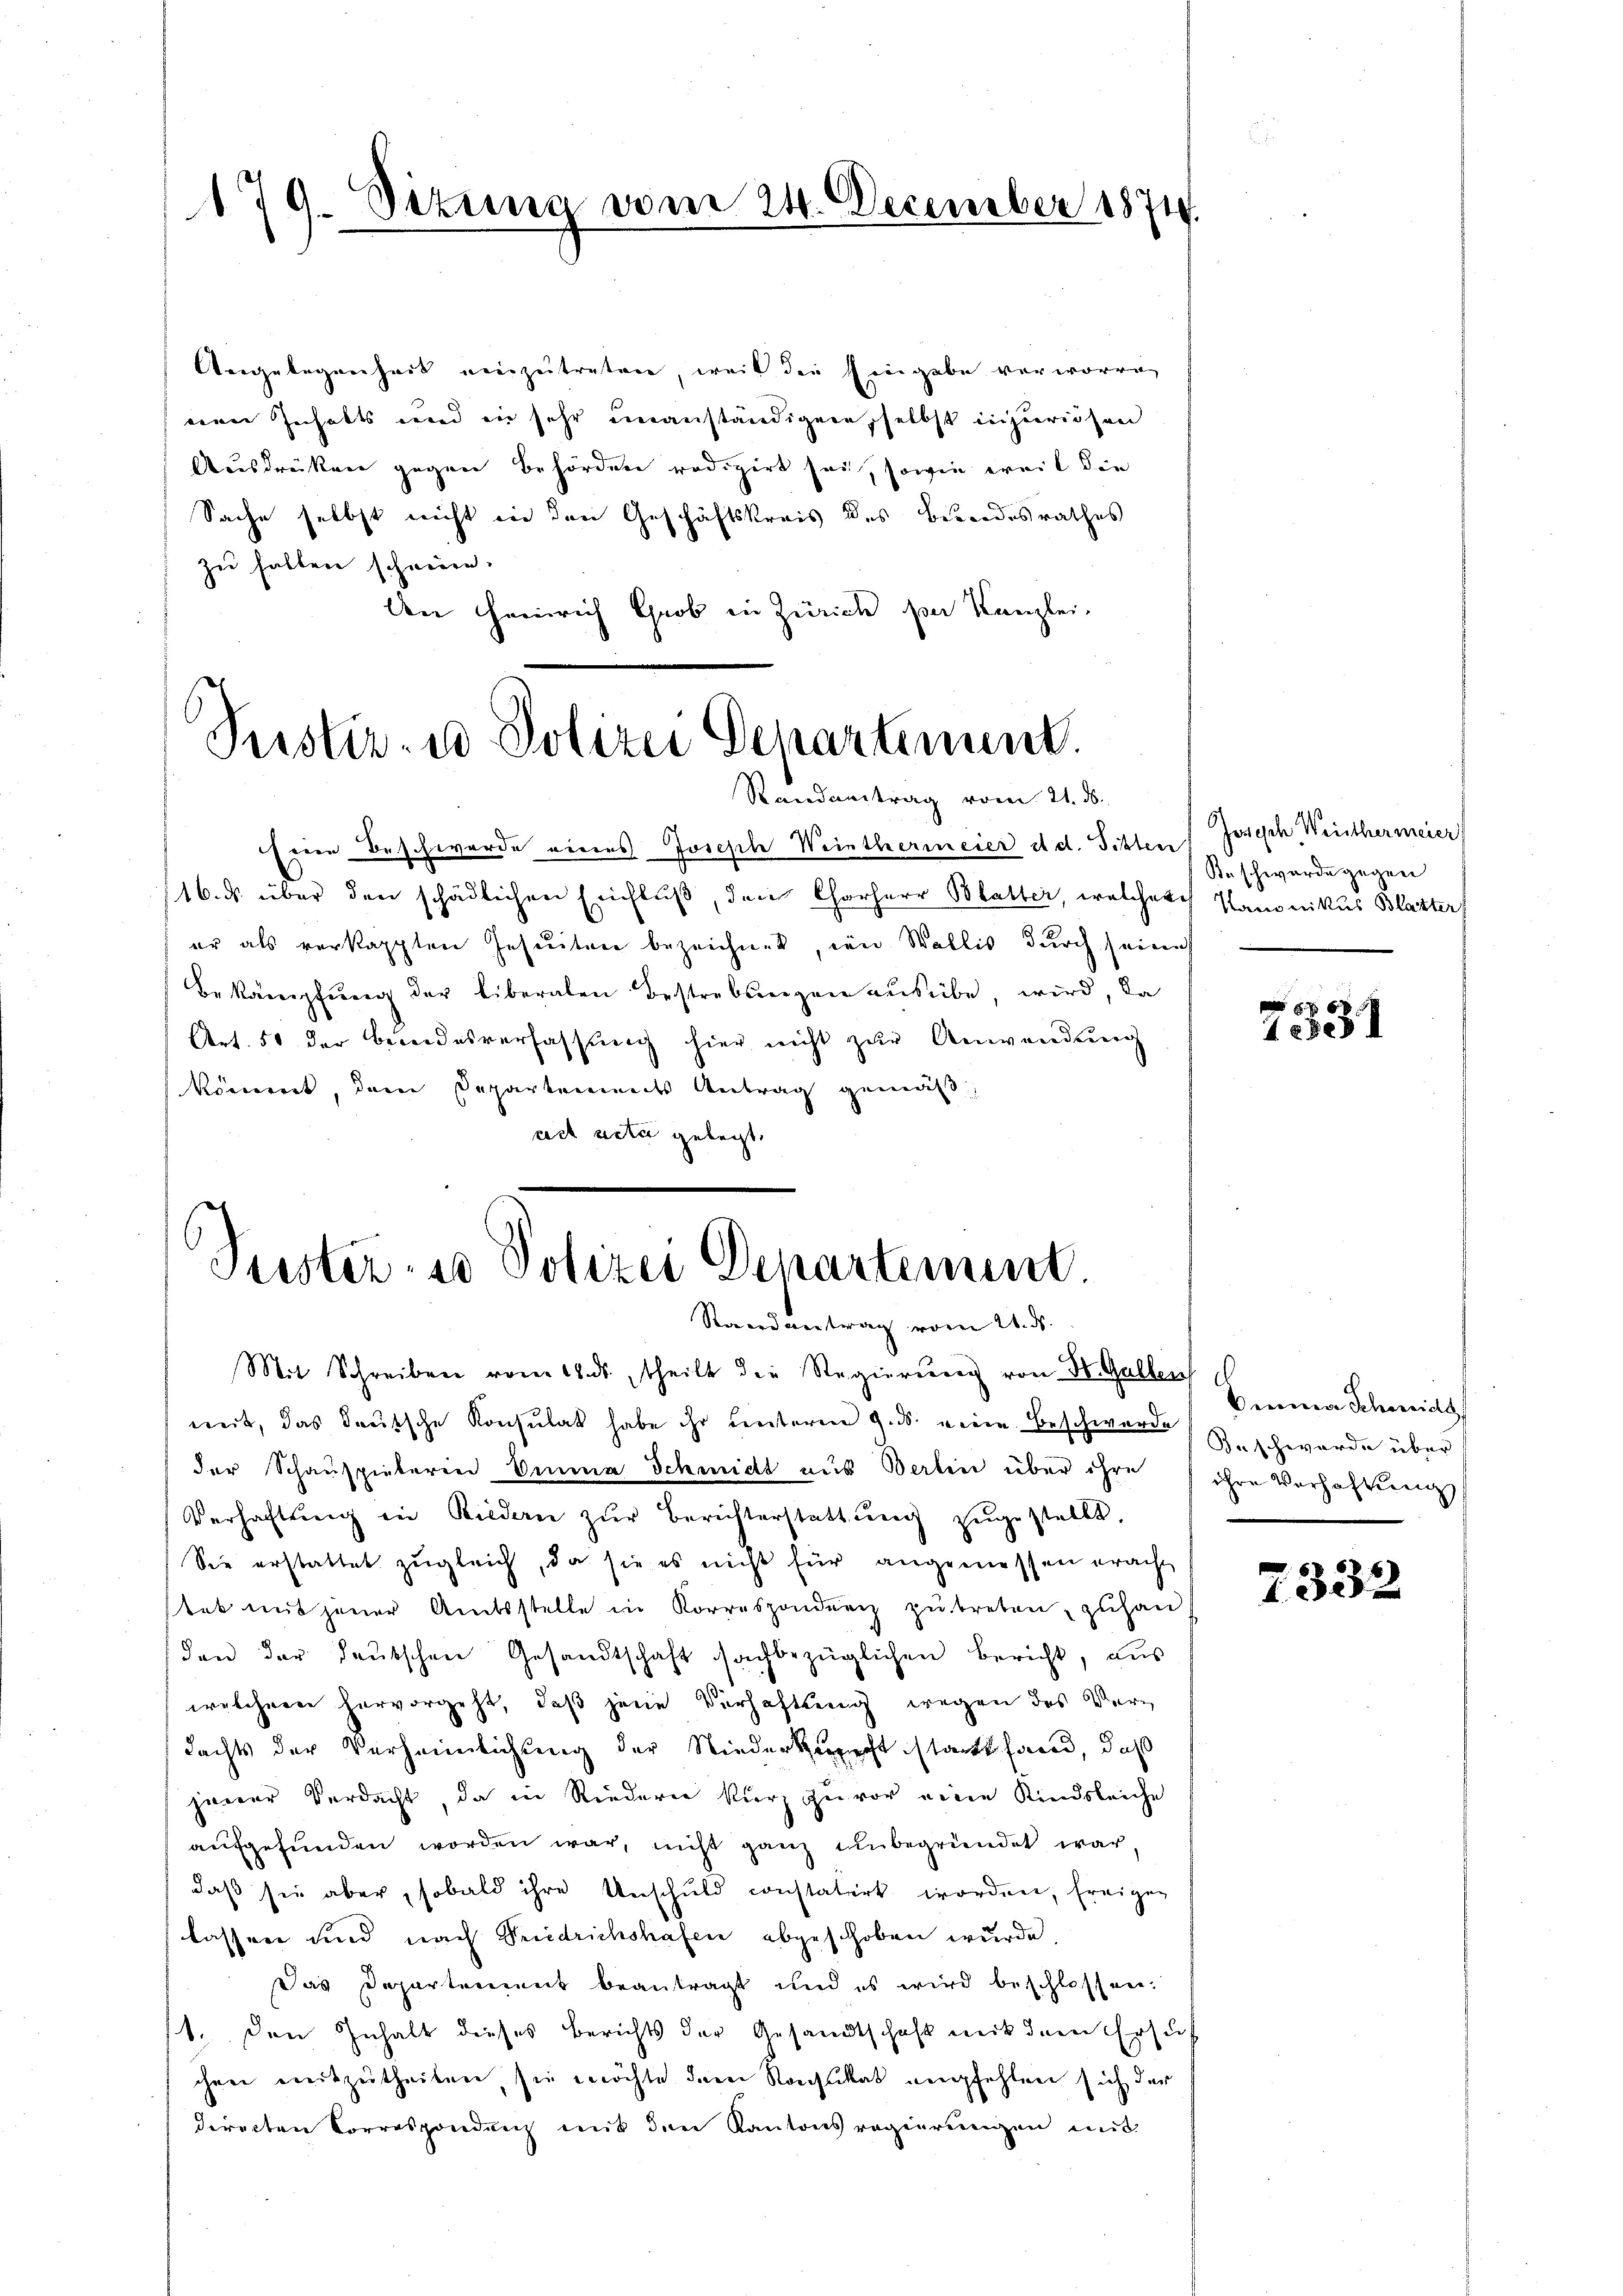
179. Situng vom 24. December 1871

Angelegenheit einzŭtreten, weil die Eingabe verworre
nen Inhalts und ein sehr unanständiger selbst inzurichen
Ausdrücken gegen Behörden redigirt sei, sowie weil die
Sache selbst nicht in den Geschäftskreis des Beendesrathes
zu halben schneeen.
den Heinrich Grob in Zürich sei Kanzlei.

Pustiz- u. Polizei Departement.
S
 vom 21. ds.
andantrag

Peister- u Polizei Departement.
Randantrag vom 21. ds.

Eine Beschwerde eines Joseph Weinthermeier d. d. Sitten
116. ds. über den schädlichen Einfluß, den Chorherr Blatter, welcherch Kanonikus Blatter
er als verkappten Jesuiten bezeichnet, in Wallis durch seines
Bekämpfung der liberalen Bestrebungen ausübe, wird, da
Art. 51 der Beidesverfassung hier nicht zur Anwendung
kömmt, dem Departemendes Antrag gemäß
eich unter gelegt,

Mit Schreiben vom 18. ds. theilt die Regierŭng von St. Gallen
mit, das deutsche Konsulat habe ihr hinterm 9. ds. eine Beschwere Beschwerde über
der Schauspielerin Emma Schmidt aus Berlin über ihre ihre Vorhaltung
Verhaftung in Bildern zŭr Berichterstattŭng zŭgestellt,
Sie erstattet zugleich, da sie es nicht für angemessen eracht
stet mit jener Amtsstelle in Korrespondenz zŭ treten, zuhan
den der deutschen Gesandtschaft sachbezüglichen Bericht, aus
welcher hervorgeht, daß jene Verhaftung wegen des Verdachts der Verheimlichung der Niederkunft statt fand, daß
jener Verdacht, da in Riederne kurz zu vor eine Kindsleiche
aufgefunden worden war, nicht ganz unbegründet war,
daß sie aber, sobald ihre Unschuld constatirt worden, freigelassen und nach Friedrichshafen abgeschoben wurde.
Das Departement beantragt und es wird beschlossen:
1. Den Inhalt dieses Berichts der Gesandtschaft mit dem Ersuchen mitzutheilen, sie möchte der Rachikas empfehlen sich der
directen Korrespondenz mit den Kantonsregierungen mit

Joseph Weisthermeier
Keschwerde gegen

7531

Emma Schmids

7332.